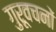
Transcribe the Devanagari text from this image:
गुरूवचनों